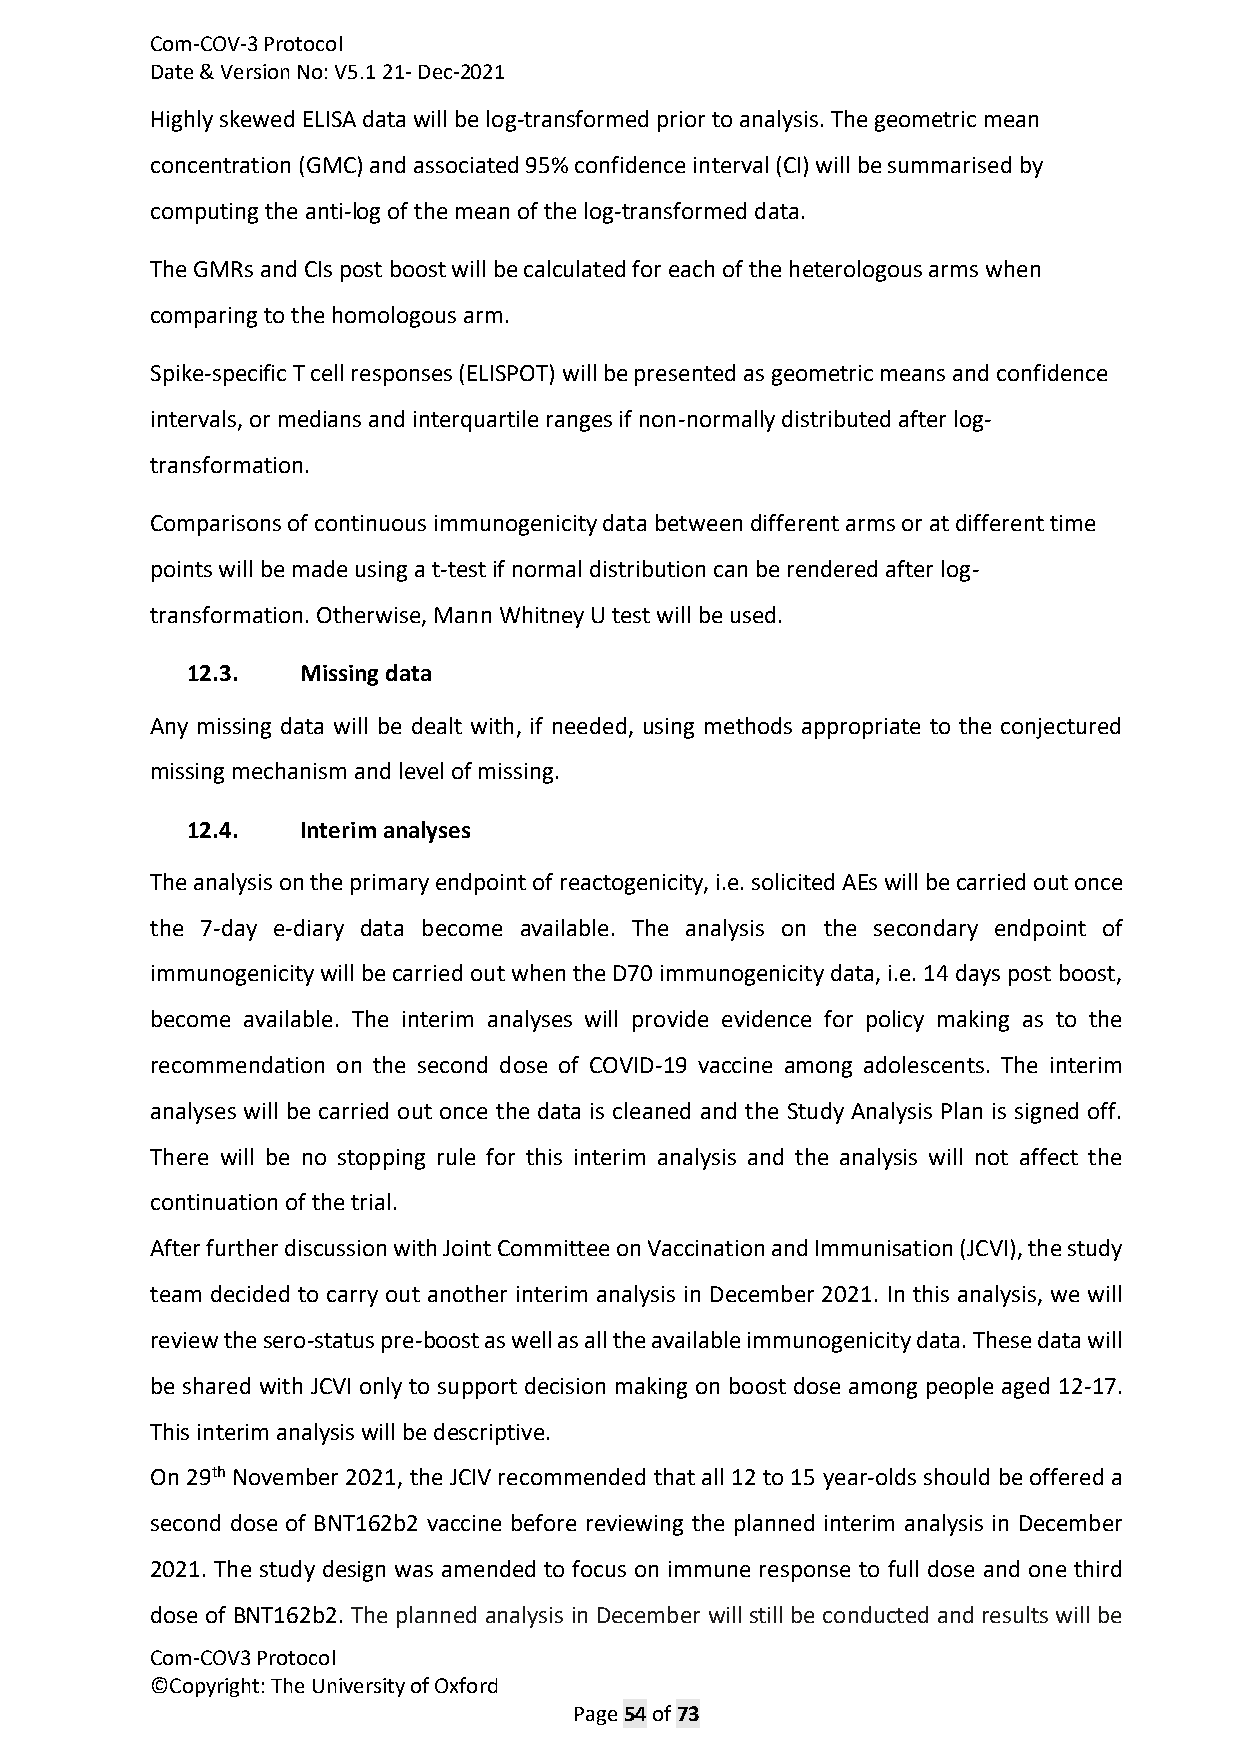
Com-COV-3 Protocol
 Date & Version No: V5.1 21- Dec-2021
 Highly skewed ELISA data will be log-transformed prior to analysis. The geometric mean
 concentration (GMC) and associated 95% confidence interval (CI) will be summarised by
 computing the anti-log of the mean of the log-transformed data.
 The GMRs and CIs post boost will be calculated for each of the heterologous arms when
 comparing to the homologous arm.
 Spike-specific T cell responses (ELISPOT) will be presented as geometric means and confidence
 intervals, or medians and interquartile ranges if non-normally distributed after log-
 transformation.
 Comparisons of continuous immunogenicity data between different arms or at different time
 points will be made using a t-test if normal distribution can be rendered after log-
 transformation. Otherwise, Mann Whitney U test will be used.
 12.3.   Missing data
 Any missing data will be dealt with, if needed, using methods appropriate to the conjectured
 missing mechanism and level of missing.
 12.4.   Interim analyses
 The analysis on the primary endpoint of reactogenicity, i.e. solicited AEs will be carried out once
 the 7-day e-diary data become available. The analysis on the secondary endpoint of
 immunogenicity will be carried out when the D70 immunogenicity data, i.e. 14 days post boost,
 become available. The interim analyses will provide evidence for policy making as to the
 recommendation on the second dose of COVID-19 vaccine among adolescents. The interim
 analyses will be carried out once the data is cleaned and the Study Analysis Plan is signed off.
 There will be no stopping rule for this interim analysis and the analysis will not affect the
 continuation of the trial.
 After further discussion with Joint Committee on Vaccination and Immunisation (JCVI), the study
 team decided to carry out another interim analysis in December 2021. In this analysis, we will
 review the sero-status pre-boost as well as all the available immunogenicity data. These data will
 be shared with JCVI only to support decision making on boost dose among people aged 12-17.
 This interim analysis will be descriptive.
 On 29th November 2021, the JCIV recommended that all 12 to 15 year-olds should be offered a
 second dose of BNT162b2 vaccine before reviewing the planned interim analysis in December
 2021. The study design was amended to focus on immune response to full dose and one third
 dose of BNT162b2. The planned analysis in December will still be conducted and results will be
 Com-COV3 Protocol
 ©Copyright: The University of Oxford
 Page 54 of 73